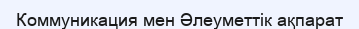
Коммуникация мен Әлеуметтік ақпарат